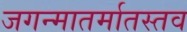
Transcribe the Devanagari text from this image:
जगन्मातर्मातस्तव